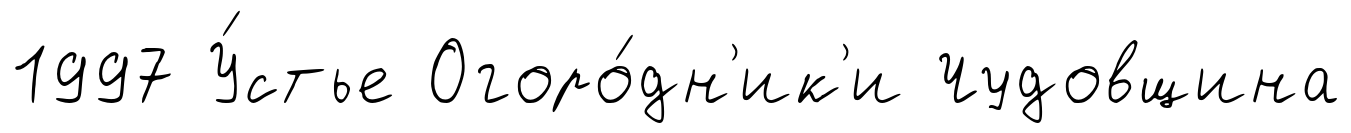
1997 У́стье Огоро́дн'ик'и Чудовщина